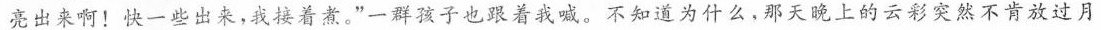
亮出来啊！快一些出来，我接着煮。”一群孩子也跟着我喊。不知道为什么，那天晚上的云彩突然不肯放过月